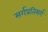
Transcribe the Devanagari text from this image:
सर्गप्रतिसर्ग